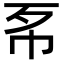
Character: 𢁳